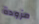
مزودة